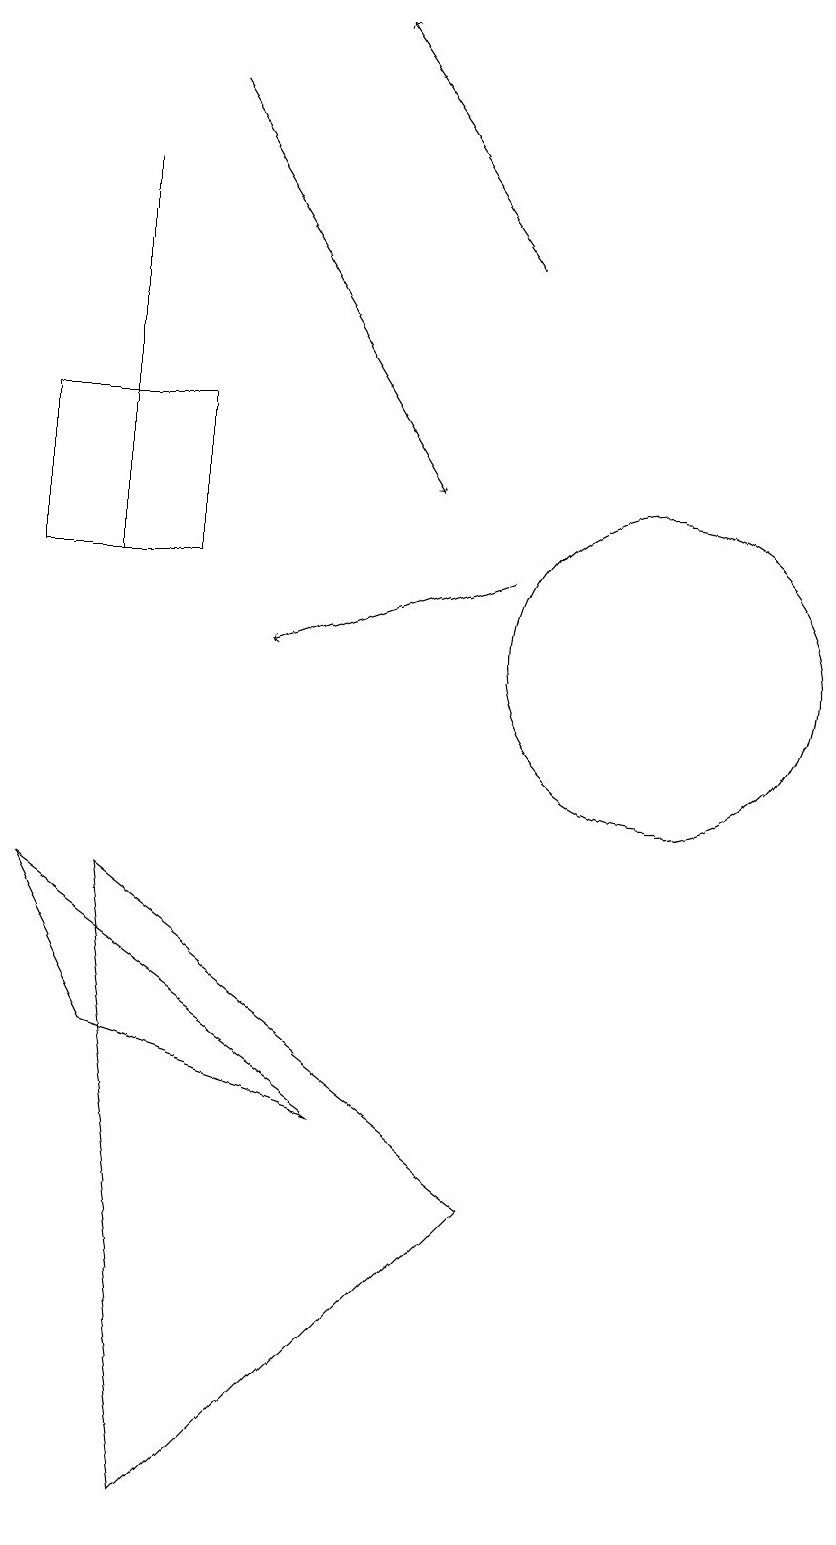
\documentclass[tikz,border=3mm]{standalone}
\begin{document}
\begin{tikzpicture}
\draw[->] (4,18) -- (7,13);
\draw (10,11) circle (2);
\draw (3,17) rectangle (3,12);
\draw[->] (8,16) -- (6,19);
\draw[->] (8,12) -- (5,11);
\draw (6,5) -- (3,6) -- (2,8) -- cycle;
\draw (2,14) rectangle (4,12);
\draw (3,8) -- (4,0) -- (8,4) -- cycle;
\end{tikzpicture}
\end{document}